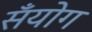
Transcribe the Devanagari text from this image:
सँयोग